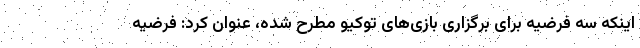
اینکه سه فرضیه برای برگزاری بازی‌های توکیو مطرح شده، عنوان کرد: فرضیه